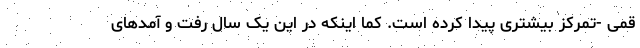
قمی -تمرکز بیشتری پیدا کرده است. کما اینکه در این یک سال رفت و آمدهای